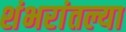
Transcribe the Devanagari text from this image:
शंभरांतल्या